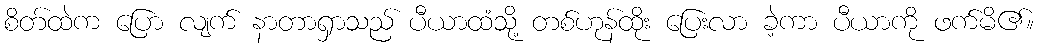
စိတ်ထဲက ပြော လျက် နာတာရှာသည် ပီယာထံသို့ တစ်ဟုန်ထိုး ပြေးလာ ခဲ့ကာ ပီယာကို ဖက်မိ၏။